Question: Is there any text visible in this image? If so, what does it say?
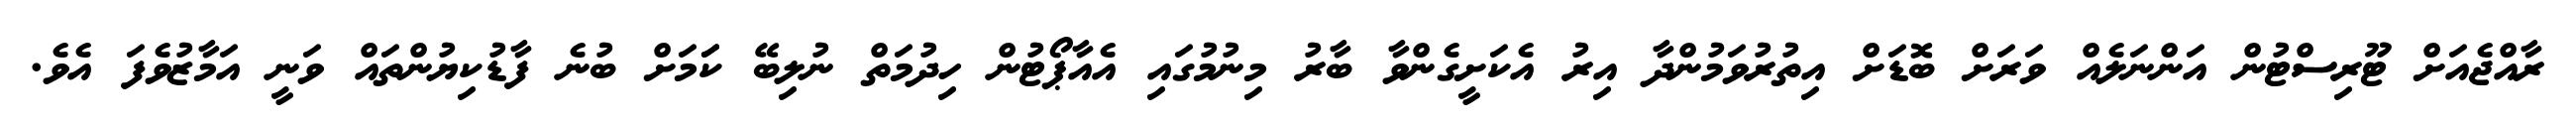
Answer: ރާއްޖެއަށް ޓޫރިސްޓުން އަންނަލެއް ވަރަށް ބޮޑަށް އިތުރުވަމުންދާ އިރު އެކަށީގެންވާ ބާރު މިނުމުގައި އެއާޕޯޓުން ހިދުމަތް ނުލިބޭ ކަަމަށް ބުނެ ފާޑުކިޔުންތައް ވަނީ އަމާޒުވެފަ އެވެ.